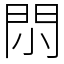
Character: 𨳒